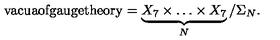
\mathrm { v a c u a o f g a u g e t h e o r y } = \underbrace { X _ { 7 } \times \dots \times X _ { 7 } } _ { N } / \Sigma _ { N } .